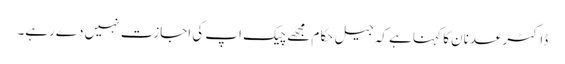
ڈاکٹرعدنان کا کہنا ہے کہ جیل حکام مجھےچیک اپ کی اجازت نہیں دےرہے۔